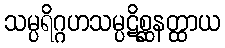
သမ္ပရိဂ္ဂဟသမ္ပဋိစ္ဆနတ္ထာယ